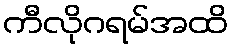
ကီလိုဂရမ်အထိ